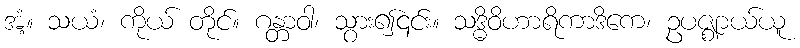
အံ့။ သယံ၊ ကိုယ် တိုင်။ ဂန္တာဝါ၊ သွား၍၎င်း။ သဒ္ဓိဝိဟာရိကာဒိကေ၊ ဥပဇ္ဈာယ်ယူ